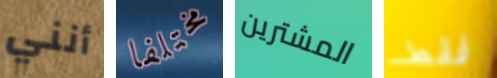
أنني مختلفا المشترين فقط